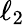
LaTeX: \ell_{2}